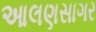
આલણસાગર